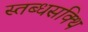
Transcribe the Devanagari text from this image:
स्तब्धसक्थि